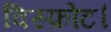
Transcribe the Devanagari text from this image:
विस्फ़ोट।